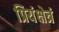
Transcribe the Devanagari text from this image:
प्रियंक्षेत्रं